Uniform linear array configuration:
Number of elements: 24
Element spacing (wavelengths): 0.5
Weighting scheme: cosine
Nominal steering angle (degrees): -15
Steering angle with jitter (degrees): -15.974
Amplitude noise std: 0.05
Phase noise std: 0.05

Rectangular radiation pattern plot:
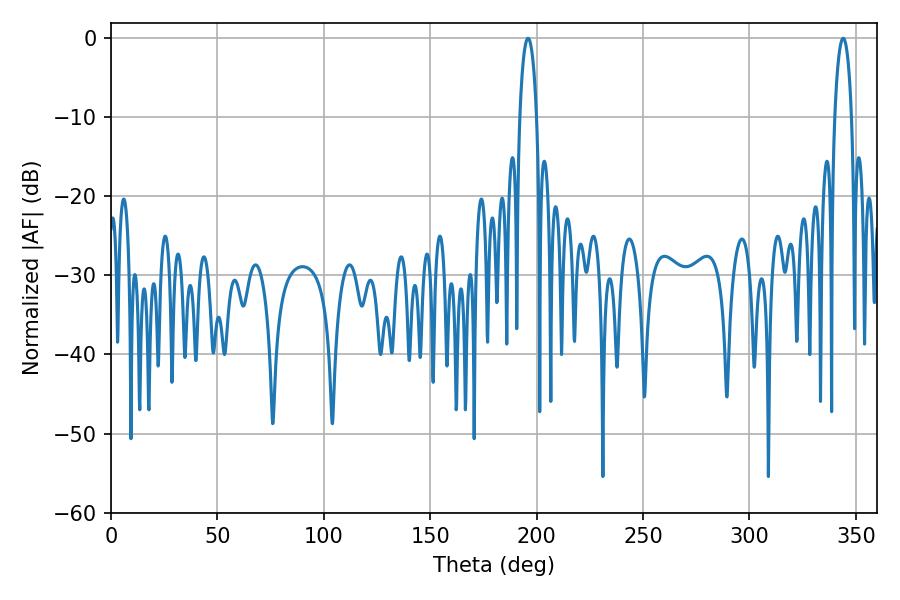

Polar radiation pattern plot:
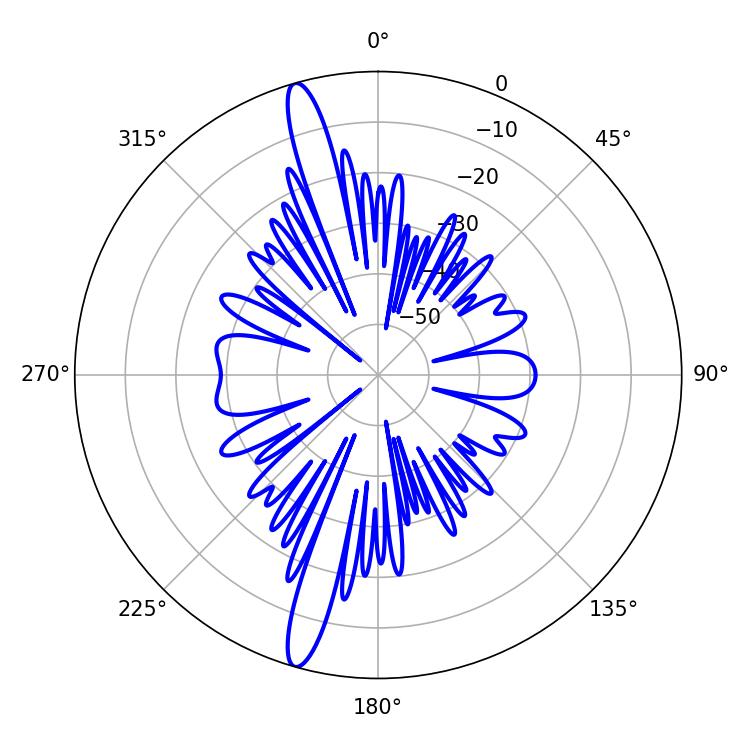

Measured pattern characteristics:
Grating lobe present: FALSE
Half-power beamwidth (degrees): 4.5
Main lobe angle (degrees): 343.98